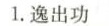
1.逸出功